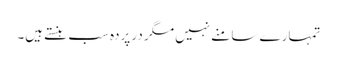
تمہارے سا منے نہیں مگر در پردہ سب ہنستے ہیں۔